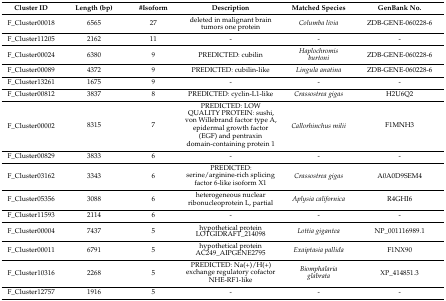
<table><thead><tr><td><b>Cluster ID</b></td><td><b>Length (bp)</b></td><td><b>#Isoform</b></td><td><b>Description</b></td><td><b>Matched Species</b></td><td><b>GenBank No.</b></td></tr></thead><tbody><tr><td>F_Cluster00018</td><td>6565</td><td>27</td><td>deleted in malignant brain tumors one protein</td><td><i>Columba livia</i></td><td>ZDB-GENE-060228-6</td></tr><tr><td>F_Cluster11205</td><td>2162</td><td>11</td><td>-</td><td>-</td><td>-</td></tr><tr><td>F_Cluster00024</td><td>6380</td><td>9</td><td>PREDICTED: cubilin</td><td><i>Haplochromis burtoni</i></td><td>ZDB-GENE-060228-6</td></tr><tr><td>F_Cluster00089</td><td>4372</td><td>9</td><td>PREDICTED: cubilin-like</td><td><i>Lingula anatina</i></td><td>ZDB-GENE-060228-6</td></tr><tr><td>F_Cluster13261</td><td>1675</td><td>9</td><td>-</td><td>-</td><td>-</td></tr><tr><td>F_Cluster00812</td><td>3837</td><td>8</td><td>PREDICTED: cyclin-L1-like</td><td><i>Crassostrea gigas</i></td><td>H2U6Q2</td></tr><tr><td>F_Cluster00002</td><td>8315</td><td>7</td><td>PREDICTED: LOW QUALITY PROTEIN: sushi, von Willebrand factor type A, epidermal growth factor (EGF) and pentraxin domain-containing protein 1</td><td><i>Callorhinchus milii</i></td><td>F1MNH3</td></tr><tr><td>F_Cluster00829</td><td>3833</td><td>6</td><td>-</td><td>-</td><td>-</td></tr><tr><td>F_Cluster03162</td><td>3343</td><td>6</td><td>PREDICTED: serine/arginine-rich splicing factor 6-like isoform X1</td><td><i>Crassostrea gigas</i></td><td>A0A0D9SEM4</td></tr><tr><td>F_Cluster05356</td><td>3088</td><td>6</td><td>heterogeneous nuclear ribonucleoprotein L, partial</td><td><i>Aplysia californica</i></td><td>R4GHI6</td></tr><tr><td>F_Cluster11593</td><td>2114</td><td>6</td><td>-</td><td>-</td><td>-</td></tr><tr><td>F_Cluster00004</td><td>7437</td><td>5</td><td>hypothetical protein LOTGIDRAFT_214098</td><td><i>Lottia gigantea</i></td><td>NP_001116989.1</td></tr><tr><td>F_Cluster00011</td><td>6791</td><td>5</td><td>hypothetical protein AC249_AIPGENE2795</td><td><i>Exaiptasia pallida</i></td><td>F1NX90</td></tr><tr><td>F_Cluster10316</td><td>2268</td><td>5</td><td>PREDICTED: Na(+)/H(+) exchange regulatory cofactor NHE-RF1-like</td><td><i>Biomphalaria glabrata</i></td><td>XP_414851.3</td></tr><tr><td>F_Cluster12757</td><td>1916</td><td>5</td><td>-</td><td>-</td><td>-</td></tr></tbody></table>